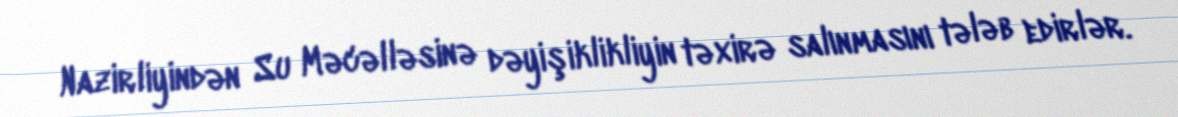
Nazirliyindən Su Məcəlləsinə dəyişiklikliyin təxirə salınmasını tələb edirlər.